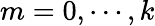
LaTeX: m=0,\cdots,k